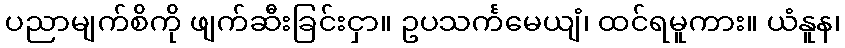
ပညာမျက်စိကို ဖျက်ဆီးခြင်းငှာ။ ဥပသင်္ကမေယျံ၊ ထင်ရမူကား။ ယံနူန၊